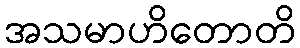
အသမာဟိတောတိ